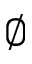
\emptyset